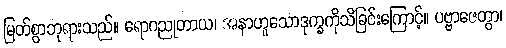
မြတ်စွာဘုရားသည်။ ရောဂညုတာယ၊ အနာဟူသောဒုက္ခကိုသိခြင်းကြောင့်။ ပဗ္ဗာဇေတွာ၊